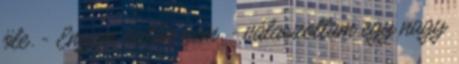
öle. - Engem aztán nem. - válaszoltam egy nagy